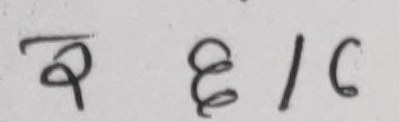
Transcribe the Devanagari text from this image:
र ६।८